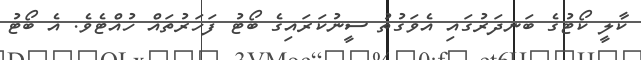
ކާލީ ކޯޓުގެ ބަނދަރުގައި އެވަގުތު ސީނުކަރައިގެ ބޯޓު ފަހަރުތައް ހުއްޓެވެ. އެ ބޯޓު